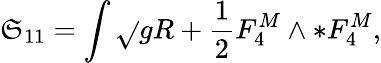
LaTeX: \mathfrak{S}_{11}=\int\sqrt{}{{g}}R+\frac{{1}}{{2}}F_{4}^{M}\wedge*F_{4}^{M},